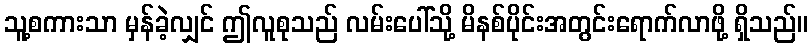
သူ့စကားသာ မှန်ခဲ့လျှင် ဤလူစုသည် လမ်းပေါ်သို့ မိနစ်ပိုင်းအတွင်းရောက်လာဖို့ ရှိသည်။